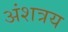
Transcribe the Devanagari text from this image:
अंशत्रय